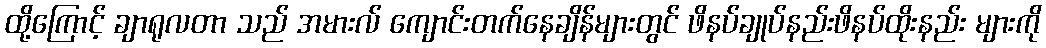
ထို့ကြောင့် ချာရုလတာ သည် အမားလ် ကျောင်းတက်နေချိန်များတွင် ဖိနပ်ချုပ်နည်းဖိနပ်ထိုးနည်း များကို